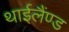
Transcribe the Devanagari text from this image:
थाईलैंण्ड